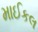
માઈકલ